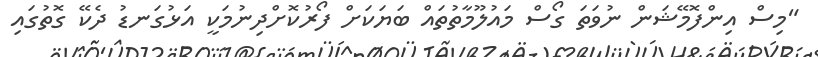
"މިސް އިންފޮމޭޝަން ނުވަތަ ގޯސް މައުލޫމާތުތައް ބަޔަކަށް ފޯރުކޮށްދިނުމަކީ އަޅުގަނޑު ދެކޭ ގޮތުގައި